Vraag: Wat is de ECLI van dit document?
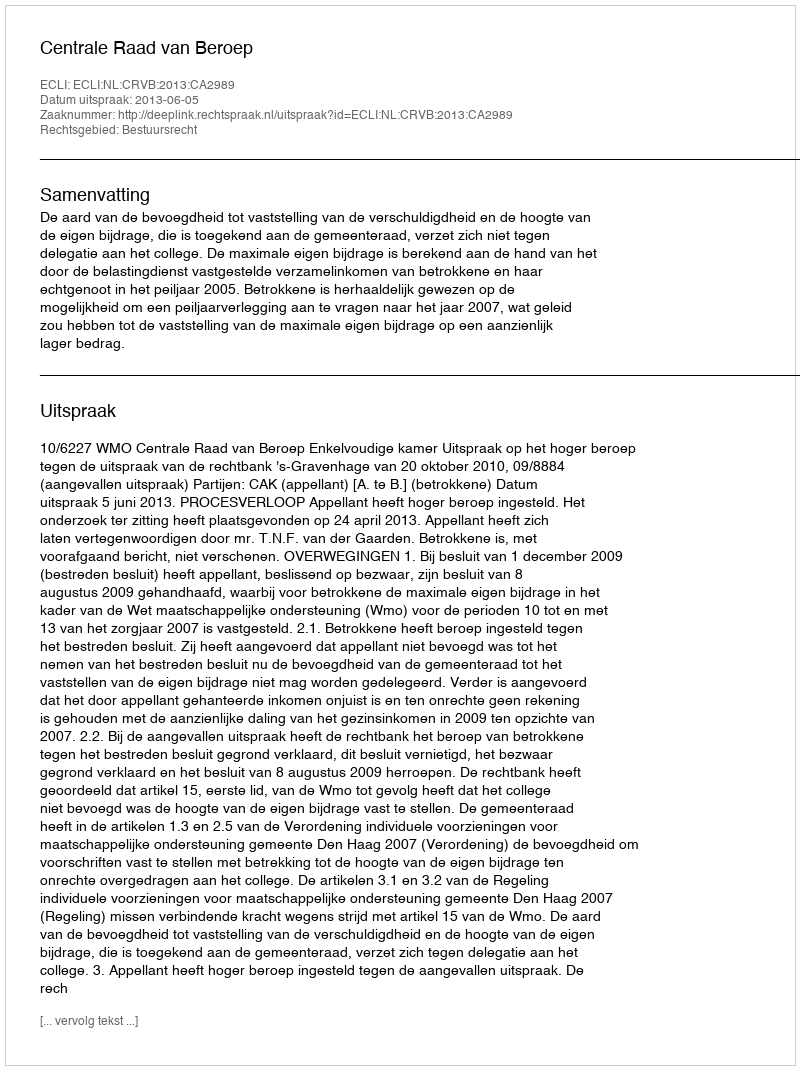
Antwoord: ECLI:NL:CRVB:2013:CA2989